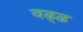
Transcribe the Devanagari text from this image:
वढ्ढ